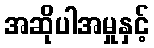
အဆိုပါအမှုနှင့်